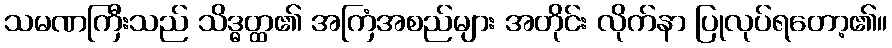
သမဏကြီးသည် သိဒ္ဓတ္ထ၏ အကြံအစည်များ အတိုင်း လိုက်နာ ပြုလုပ်ရတော့၏။